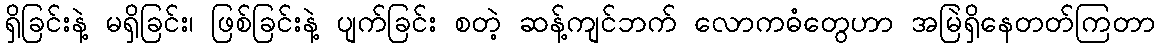
ရှိခြင်းနဲ့ မရှိခြင်း၊ ဖြစ်ခြင်းနဲ့ ပျက်ခြင်း စတဲ့ ဆန့်ကျင်ဘက် လောကဓံတွေဟာ အမြဲရှိနေတတ်ကြတာ